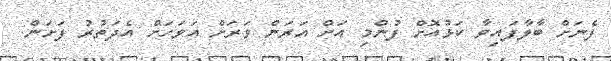
ފެނަށް ބާލާފައިވާ ކަޅުއޮށް ފުންމި އަށް އަރަން ވަރަށް އަވަހަށް އެދަތުރު ފަށަން.